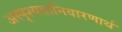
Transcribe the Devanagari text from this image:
अस्पृश्यतानिवारणार्थ